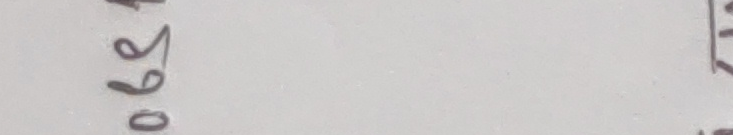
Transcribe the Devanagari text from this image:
०६९